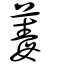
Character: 䓯